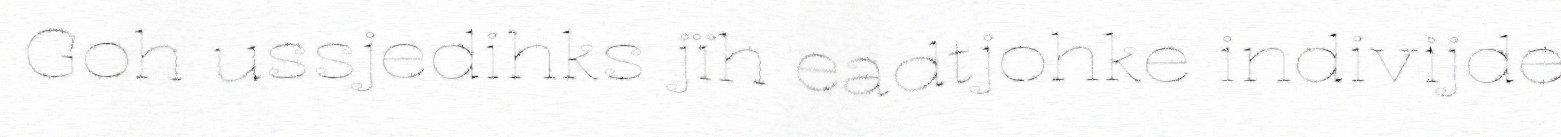
Goh ussjedihks jïh eadtjohke indivijde